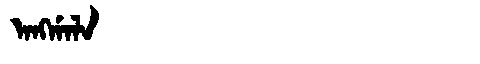
Manchu: ᠠᠩᡤᠠᠯᠠ
Romanization: ANGGALA